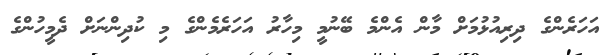
އަހަރެންގެ ދިރިއުޅުމަށް މާން އެންމެ ބޭނުމީ މިހާރު އަހަރެމެންގެ މި ކުދިންނަށް ދެމީހުންގެ